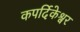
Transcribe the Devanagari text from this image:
कपर्दिकेश्वर